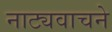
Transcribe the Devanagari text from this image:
नाट्यवाचने